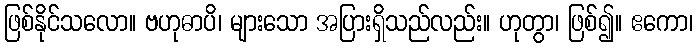
ဖြစ်နိုင်သလော။ ဗဟုဓာပိ၊ များသော အပြားရှိသည်လည်း။ ဟုတွာ၊ ဖြစ်၍။ ဧကော၊